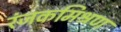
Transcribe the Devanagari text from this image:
रंजकमिश्रण